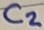
Text: C2